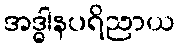
အဒ္ဓါနပရိညာယ